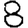
Digit: 8